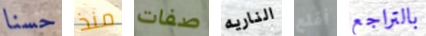
حسنا منذ صفات الناريه أقلع بالتراجع